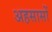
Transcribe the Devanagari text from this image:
अहसासों